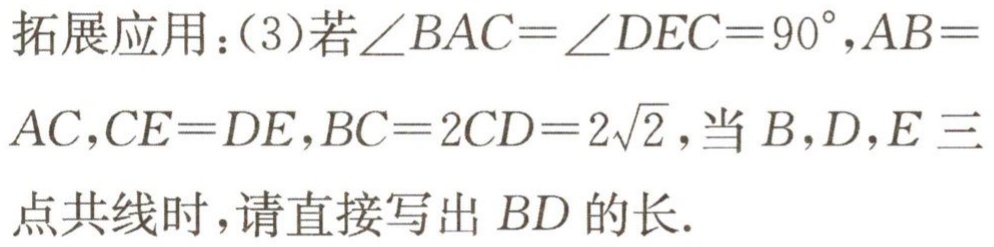
拓展应用：(3)若\(\angle BAC = \angle DEC = 90^{\circ},AB = AC,CE = DE,BC = 2CD = 2\sqrt{2}\)，当\(B,D,E\)三点共线时，请直接写出\(BD\)的长.